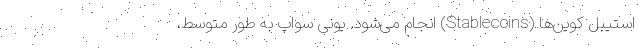
استیبل کوین‌ها (Stablecoins) انجام می‌شود. یونی سواپ به طور متوسط،